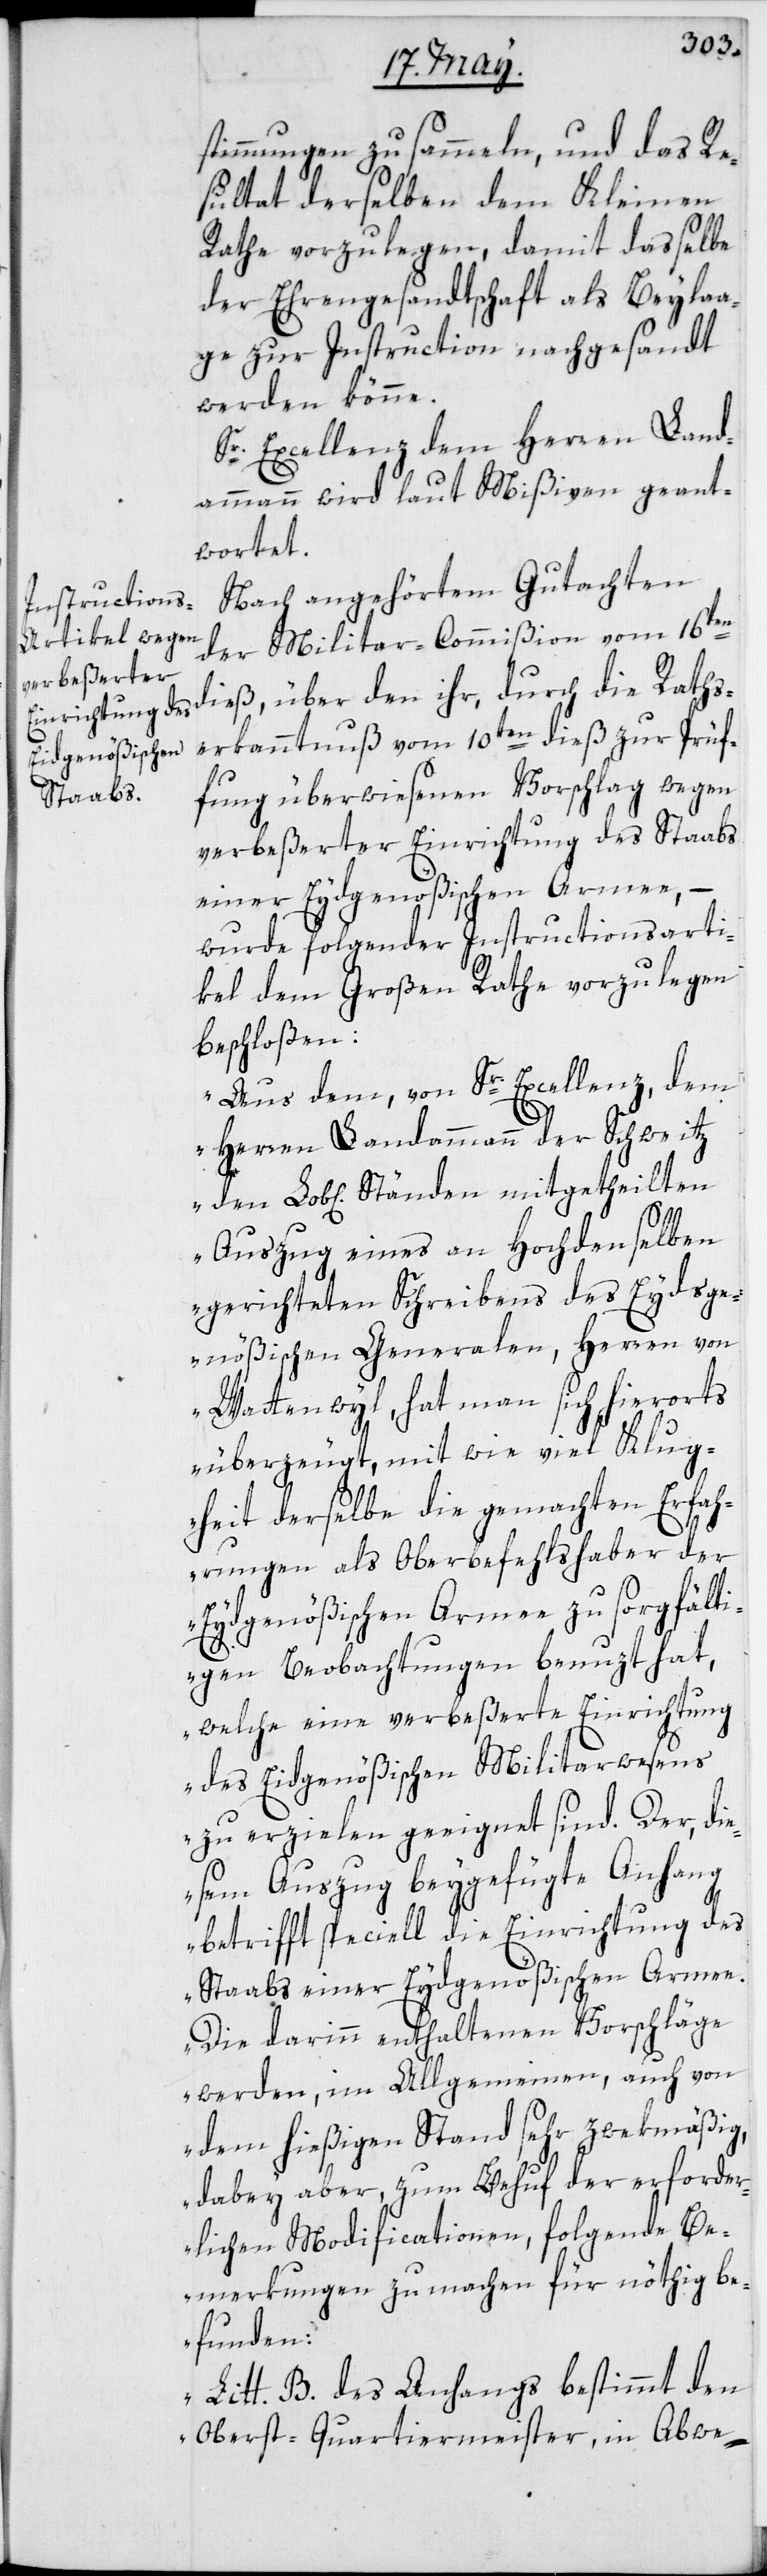
stimmungen zu sammeln, und das Re¬
sultat derselben dem Kleinen
Rathe vorzulegen, damit dasselbe
der Ehrengesandtschaft als Beylaa¬
ge zur Instruction nachgesandt
werden könne.
Sr. Excellenz dem Herren Land¬
ammann wird laut Mißiven geant¬
wortet.
Nach angehörtem Gutachten
der Militar-Commißion vom 16ten
dieß, über den ihr durch die Raths¬
erkanntnuß vom 10ten dieß zur Prüf¬
fung überwiesenen Vorschlag wegen
verbeßerter Einrichtung des Staabs
einer Eydgenößischen Armee, –
wurde folgender Instructionsarti¬
kel dem Großen Rathe vorzulegen
beschloßen:
„Aus dem, von Sr. Excellenz, dem
Herren Landammann der Schweitz
Auszug eines an Hochdenselben
gerichteten Schreibens des Eydsge¬
nößischen Generalen, Herren von
Wattenwyl, hat man sich hierorts
überzeugt, mit wie viel Klug¬
heit derselbe die gemachten Erfah¬
rungen als Oberbefehlshaber der
Eidgenößischen Armee zu sorgfälti¬
gen Beobachtungen benuzt hat,
welche eine verbeßerte Einrichtung
des Eidgenößischen Militarwesens
zu erzielen geeignet sind. Der di¬
esem Auszug beygefügte Anhang
betrifft speciell die Einrichtung des
Staabs einer Eydgenößischen Armee.
Die darinn enthaltenen Vorschläge
werden, im Allgemeinen, auch von
dem hießigen Stand sehr zwekmäßig,
dabey aber zum Behuf der erforder¬
lichen Modificationen, folgende Be¬
merkungen zu machen für nöthig be¬
funden:
Litt. B. des Anhangs bestimmt den
Oberst-Quartiermeister, in Ab-